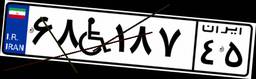
۶۸W۱۸۷۴۵